Annual administration and progress report of the Indian Medical Department, Bombay
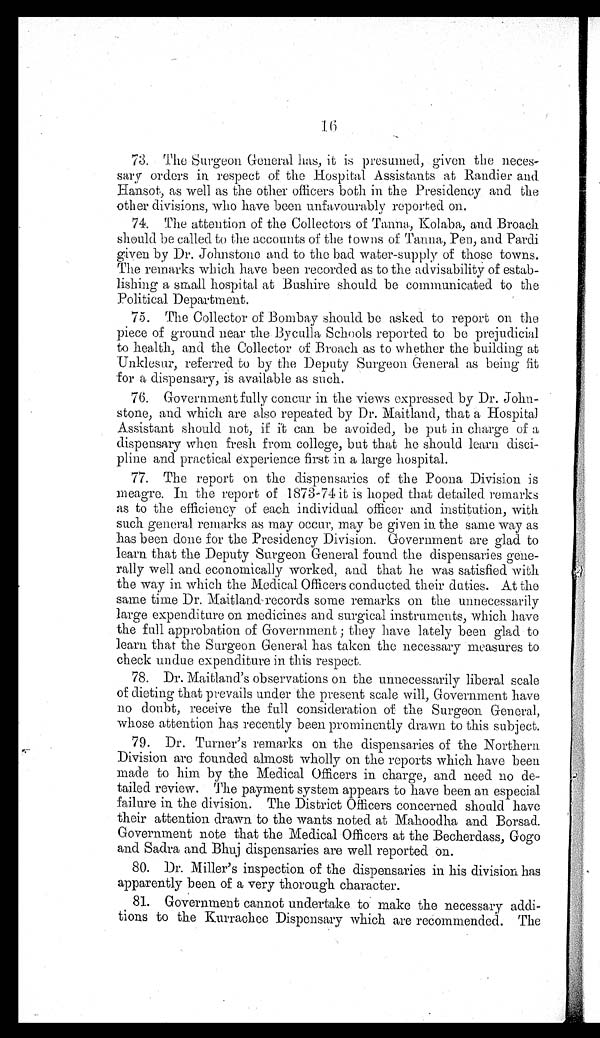
73. The Surgeon General has, it is presumed, given the neces
-sary orders in respect of the Hospital Assistants at Randier and
Hansot, as well as the other officers both in the Presidency and the
other divisions, who have been unfavourably reported on.
74. The attention of the Collectors of Tanna, Kolaba, and Broach
should be called to the accounts of the towns of Tanna, Pen, and Pardi
given by Dr. Johnstone and to the bad water-supply of those towns.
The remarks which have been recorded as to the advisability of estab
-lishing a small hospital at Bushire should be communicated to the
Political Department.
75. The Collector of Bombay should be asked to report on the
piece of ground near the Byculla Schools reported to be prejudicial
to health, and the Collector of Broach as to whether the building at
Unklesur, referred to by the Deputy Surgeon General as being fit
for a dispensary, is available as such.
76. Government fully concur in the views expressed by Dr. John-
stone, and which are also repeated by Dr. Maitland, that a Hospital
Assistant should not, if it can be avoided, be put in charge of a
dispensary when fresh from college, but that he should learn disci
-pline and practical experience first in a large hospital.
77. The report on the dispensaries of the Poona Division is
meagre. In the report of 1873-74 it is hoped that detailed remarks
as to the efficiency of each individual officer and institution, with
such general remarks as may occur, may be given in the same way as
has been done for the Presidency Division. Government are glad to
learn that the Deputy Surgeon General found the dispensaries gene-
rally well and economically worked, and that he was satisfied with
the way in which the Medical Officers conducted their duties. At the
same time Dr. Maitland records some remarks on the unnecessarily
large expenditure on medicines and surgical instruments, which have
the full approbation of Government; they have lately been glad to
learn that the Surgeon General has taken the necessary measures to
check undue expenditure in this respect.
78. Dr. Maitland's observations on the unnecessarily liberal scale
of dieting that prevails under the present scale will, Government have
no doubt, receive the full consideration of the Surgeon General,
whose attention has recently been prominently drawn to this subject.
79. Dr. Turner's remarks on the dispensaries of the Northern
Division are founded almost wholly on the reports which have been
made to him by the Medical Officers in charge, and need no de
-tailed review. The payment system appears to have been an especial
failure in the division. The District Officers concerned should have
their attention drawn to the wants noted at Mahoodha and Borsad.
Government note that the Medical Officers at the Becherdass, Gogo
and Sadra and Bhuj dispensaries are well reported on.
80. Dr. Miller's inspection of the dispensaries in his division has
apparently been of a very thorough character.
81. Government cannot undertake to make the necessary addi-
tions to the Kurrachee Dispensary which are recommended. The